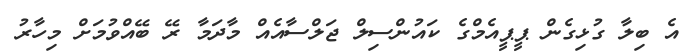
އެ ބިލާ ގުޅިގެން ޕީޕީއެމްގެ ކައުންސިލް ޖަލްސާއެއް މާދަމާ ރޭ ބޭއްވުމަށް މިހާރު